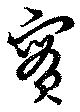
実